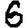
Digit: 6